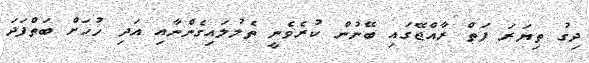
ދިގު ތިޔަރަ ފަތް ރާއްޖޭގައި ބޭނުން ކުރެވެނީ ތެލުލައިގެންނާއި އަދި ހުހަށް ބަތްފަދަ